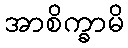
အာစိက္ခာမိ